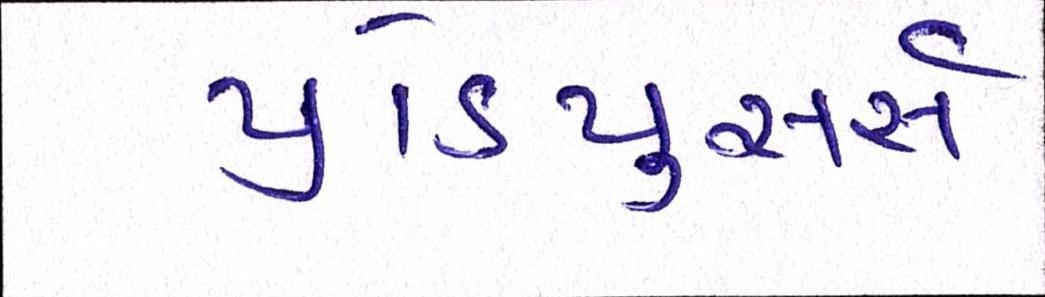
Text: પ્રોડ્યુસર્સ